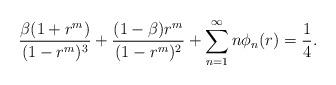
LaTeX: \begin{align*}\frac{\beta(1+r^m)}{(1-r^m)^{3}} +\frac{(1-\beta)r^m}{(1-r^m)^{2}}+\sum_{n=1}^{\infty}n\phi_{n}(r)=\frac{1}{4}.\end{align*}